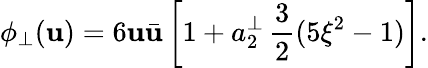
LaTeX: \phi_{\perp}(\mathbf{u})=6\mathbf{u}\bar{{\mathbf{u}}}\left[1+a_{2}^{\perp}\, \frac{{3}}{{2}}(5\xi^{2}-1)\right].